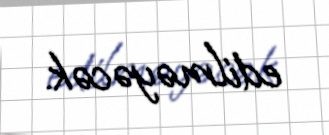
edilməyəcək.